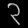
Digit: ၃